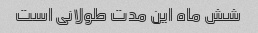
شش ماه این مدت طولانی است